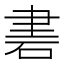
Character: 𥒠